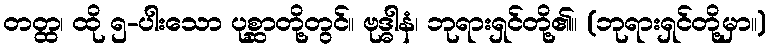
တတ္ထ၊ ထို ၅-ပါးသော ပုစ္ဆာတို့တွင်။ ဗုဒ္ဓါနံ၊ ဘုရားရှင်တို့၏။ (ဘုရားရှင်တို့မှာ။)